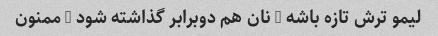
لیمو ترش تازه باشه … نان هم دوبرابر گذاشته شود … ممنون